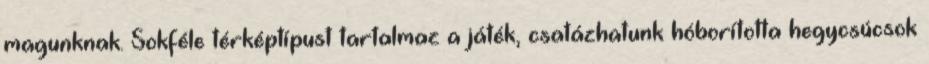
magunknak. Sokféle térképtípust tartalmaz a játék, csatázhatunk hóborította hegycsúcsok